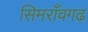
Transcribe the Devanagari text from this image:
सिमराँवगढ़